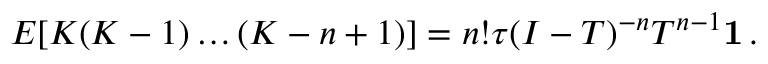
E [ K ( K - 1 ) \dots ( K - n + 1 ) ] = n ! { \boldsymbol { \tau } } ( I - { T } ) ^ { - n } { T } ^ { n - 1 } \mathbf { 1 } \, .